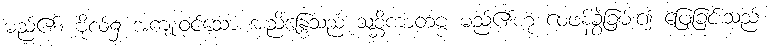
မည်၏။ ဗိုလ်၌ အကျုံးဝင်သော အညိန္ဒြေသည် သစ္ဆိကာတဗ္ဗ မည်၏ဟု ဝေဖန်ခွဲခြမ်း၍ ဖြေခြင်းသည်